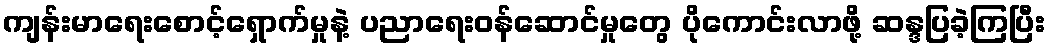
ကျန်းမာရေးစောင့်ရှောက်မှုနဲ့ ပညာရေးဝန်ဆောင်မှုတွေ ပိုကောင်းလာဖို့ ဆန္ဒပြခဲ့ကြပြီး